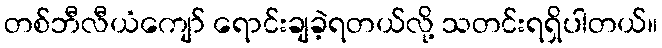
တစ်ဘီလီယံကျော် ရောင်းချခဲ့ရတယ်လို့ သတင်းရရှိပါတယ်။